Annual administration report of the Civil Veterinary Department of India - 1904-1905
Year: 1904
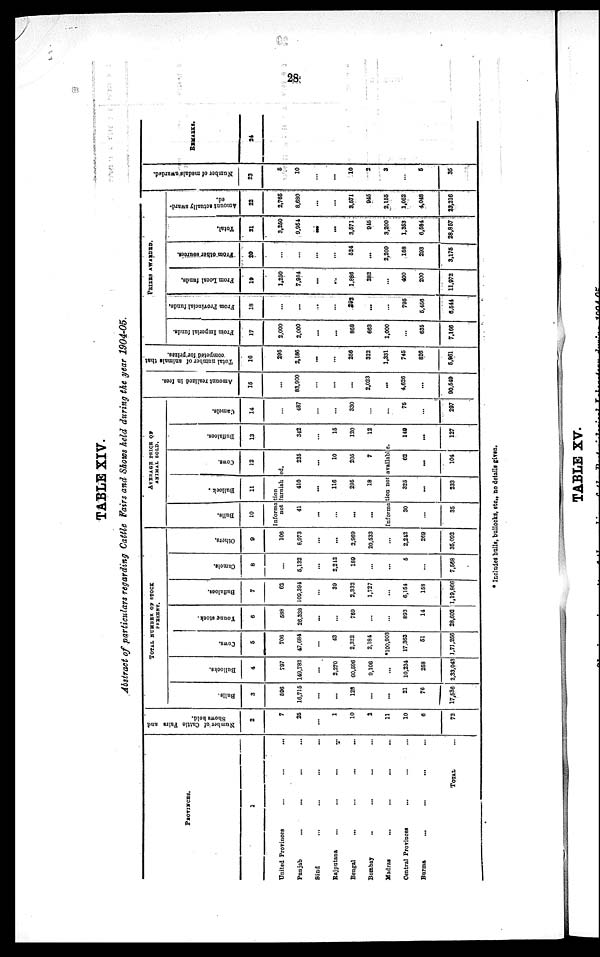
28
TABLE XIV.
Abstract of particulars regarding Cattle Fairs and Shows held during the year 1904-05.
PROVINCES.
1
United Provinces
...
...
...
Punjab ... ... ... ...
Sind ... ... ... ...
Rajputana ... ... ... ...
Bengal ... ... ... ...
Bombay ... ... ... ...
Madras
...
...
...
...
Central Provinces ... ... ...
Burma
...
...
... ...
TOTAL ...
N umber of Cattle Fairs and
Shows bold.
2
7
25
...
1
10
2
11
10
6
72
TOTAL NUMBER OF STOCK
PRESENT.
Bulls.
3
596
16,715
...
...
128
...
...
21
76
17,536
Bullocks.
4
797
149,782
...
2,270
60,596
9,106
...
10,234
258
2,33,043
Cows.
5
706
47,684
...
43
2,322
2,184
*100,903
17.363
51
1,71,256
Young stock.
6
588
26,338
...
...
769
...
...
893
14
28,602
Buffaloes.
7
62
109,394
...
39
2,332
1,727
...
6,154
158
1,19,866
Camels.
8
...
5,132
...
2,212
189
...
...
5
...
7,568
Others.
9
106
8,973
...
...
2,969
20,533
2,242
269
35,092
AVERAGE PRICE OF ANIMAL SOLD.
Bulls.
10
Bullock .
11
Cows.
12
Information
not furnished
41
...
...
...
...
410
...
116
295
18
235
...
10
205
7
Buffaloes.
13
342
...
15
120
12
Information not available.
30
...
35
325
...
233
62
...
104
149
...
127
Camels.
14
487
...
...
330
...
...
75
...
297
Amount realized in fees.
15
83,900
...
...
...
2,023
...
4,626
...
90,549
Total number of animals that
competed for prizes.
16
295
2,186
...
...
256
322
1,331
745
826
5,961
PRIZES AWARDED
From Imperial funds.
17
2,000
2,000
...
...
868
663
1,000
...
635
7,166
From Provincial funds.
18
...
...
...
...
293
...
...
795
5,456
6,544
From Local funds.
19
1,250
7,954
...
...
1,886
282
...
400
200
11,972
From other sources.
20
...
...
...
...
524
...
2,200
158
293
3,175
Total.
21
3,250
9,954
...
...
3,571
945
3,200
1,353
6,584
28,857
Amount actually award-
ed.
22
2,765
8,680
...
...
3,571
945
2,155
1,052
4,048
23,216
Number of medals awarded.
23
5
10
...
...
10
2
3
...
6
35
REMARKS.
24
* Includes balls, bullocks, etc., no details given.